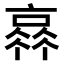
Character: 𠆂